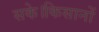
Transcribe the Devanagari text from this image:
सके।किसानों